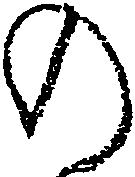
の